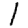
Digit: 1